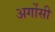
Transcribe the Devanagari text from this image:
अर्गोसी